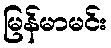
မြန်မာမင်း